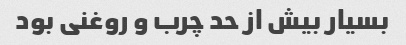
بسیار بیش از حد چرب و روغنی‌ بود